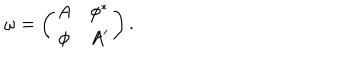
LaTeX: \omega = \left( \begin{array} { c c } { { A } } & { { \phi ^ { * } } } \\ { { \phi } } & { { A ^ { \prime } } } \\ \end{array} \right) .